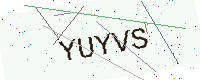
Text: YUYVS